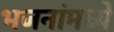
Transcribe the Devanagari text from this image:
भजनांमध्ये